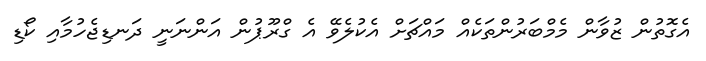
އެގޮތުން ޒުވާން މެމްބަރުންތަކެއް މައްޗަށް އެކުލެވޭ އެ ގްރޫޕުން އަންނަނީ ދަނޑިޖެހުމާއި ކޯޑި